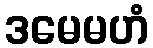
ဒမေမဟံ